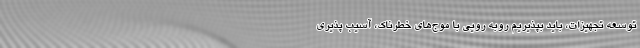
توسعه تجهیزات، باید بپذیریم روبه رویی با موج‌های خطرناک، آسیب پذیری